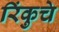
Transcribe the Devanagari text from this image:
रिंकुचे